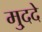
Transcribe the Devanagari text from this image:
मु्ददे